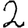
Digit: 2